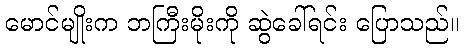
မောင်မျိုးက ဘကြီးမိုးကို ဆွဲခေါ်ရင်း ပြောသည်။